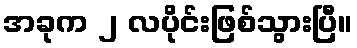
အခုက ၂ လပိုင်းဖြစ်သွားပြီ။